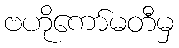
ဗဟိုကော်မတီမှ